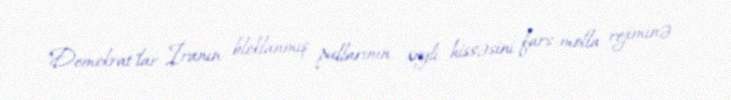
"Demokrat"lar İranın bloklanmış pullarının xeyli hissəsini fars-molla rejiminə